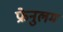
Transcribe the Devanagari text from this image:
फ्रेनुलम